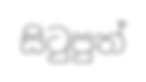
සිටුපුත්